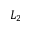
L _ { 2 }